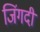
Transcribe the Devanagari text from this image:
जिंगदी